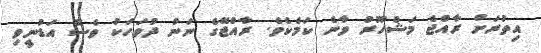
އިތުރަށް ރާއްޖެ މަޝްހޫރު ވާނެ ކަމެކެވެ. ރާއްޖޭގެ ނަން ދުވަހަކު ވެސް އަޑުނީވި